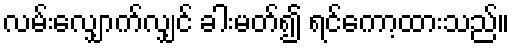
လမ်းလျှောက်လျှင် ခါးမတ်၍ ရင်ကော့ထားသည်။